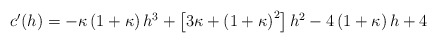
\begin{align*} \begin{aligned} c'(h) = -\kappa\left(1+\kappa\right) h^3 + \left[3\kappa + \left(1+\kappa\right)^2\right] h^2 -4\left(1+\kappa\right) h + 4 \end{aligned} \end{align*}